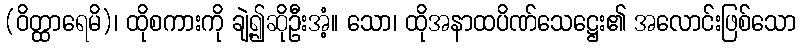
(ဝိတ္ထာရေမိ)၊ ထိုစကားကို ချဲ့၍ဆိုဦးအံ့။ သော၊ ထိုအနာထပိဏ်သေဋ္ဌေး၏ အလောင်းဖြစ်သော